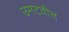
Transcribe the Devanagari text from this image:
उमटवीत